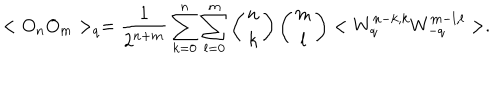
< O _ { n } O _ { m } > _ { q } = \frac { 1 } { 2 ^ { n + m } } \sum _ { k = 0 } ^ { n } \sum _ { l = 0 } ^ { m } \left( \begin{array} { c } { { n } } \\ { { k } } \\ \end{array} \right) \left( \begin{array} { c } { { m } } \\ { { l } } \\ \end{array} \right) < W _ { q } ^ { n - k , k } W _ { - q } ^ { m - l , l } > .